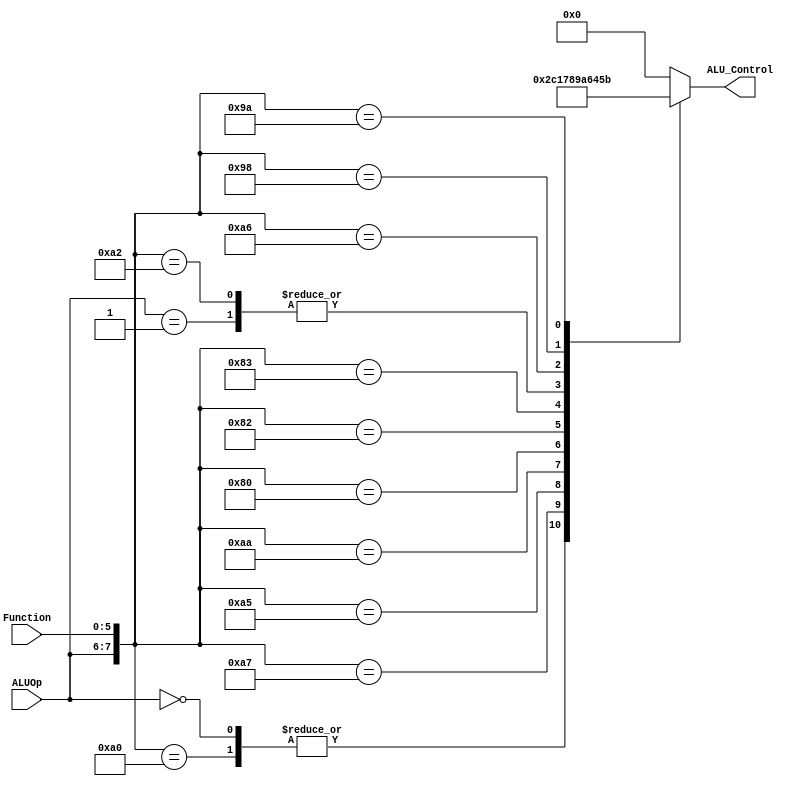
`timescale 1ns / 1ps
//////////////////////////////////////////////////////////////////////////////////
// Company: 
// Engineer: 
// 
// Design Name: 
// Module Name: ALUControl
// Project Name: 
// Target Devices: 
// Tool Versions: 
// Description: 
// 
// Dependencies: 
// 
// Revision:
// Revision 0.01 - File Created
// Additional Comments:
// 
//////////////////////////////////////////////////////////////////////////////////


module ALUControl(
    input [1:0] ALUOp, 
    input [5:0] Function,
    output reg[3:0] ALU_Control);  

    wire [7:0] ALUControlIn;  
    
    assign ALUControlIn = {ALUOp,Function};  
    
    always @(ALUControlIn)  
     
    casex (ALUControlIn)  
        8'b10100000: ALU_Control=4'b0010;
        8'b00xxxxxx: ALU_Control=4'b0010;
        8'b10100100: ALU_Control=4'b0000;  
        8'b11xxxxxx: ALU_Control=4'b0000;
        8'b01xxxxxx: ALU_Control=4'b0110;
        8'b10100111: ALU_Control=4'b1100;
        8'b10100101: ALU_Control=4'b0001;
        8'b10101010: ALU_Control=4'b0111;
        8'b10000000: ALU_Control=4'b1000;
        8'b10000010: ALU_Control=4'b1001;
        8'b10000011: ALU_Control=4'b1010;
        8'b10100010: ALU_Control=4'b0110;
        8'b10100110: ALU_Control=4'b0100;
        8'b10011000: ALU_Control=4'b0101;
        8'b10011010: ALU_Control=4'b1011;
        default: ALU_Control=4'b0000;  
    endcase  
endmodule